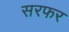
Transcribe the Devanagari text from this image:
सरफर